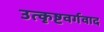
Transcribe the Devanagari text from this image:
उत्कृष्टवर्गवाद